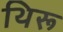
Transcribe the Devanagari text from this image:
थिरू